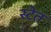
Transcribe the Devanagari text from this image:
स्टेत